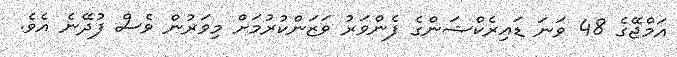
އަމްޖޭގެ 48 ވަނަ ޑައިރެކްޝަންގެ ފެންވަރު ވަޒަންކުރުމަށް މިވަރުން ވެސް ފުދޭނެ އެވެ.